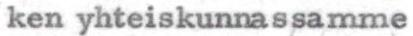
ken yhteiskunnassamme